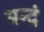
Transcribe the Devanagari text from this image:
मन्दं